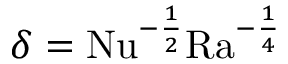
\delta = \mathrm { { N u } } ^ { - \frac { 1 } { 2 } } \mathrm { { R a } } ^ { - \frac { 1 } { 4 } }